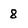
Character: 8